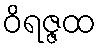
ဝိရဇ္ဇထ